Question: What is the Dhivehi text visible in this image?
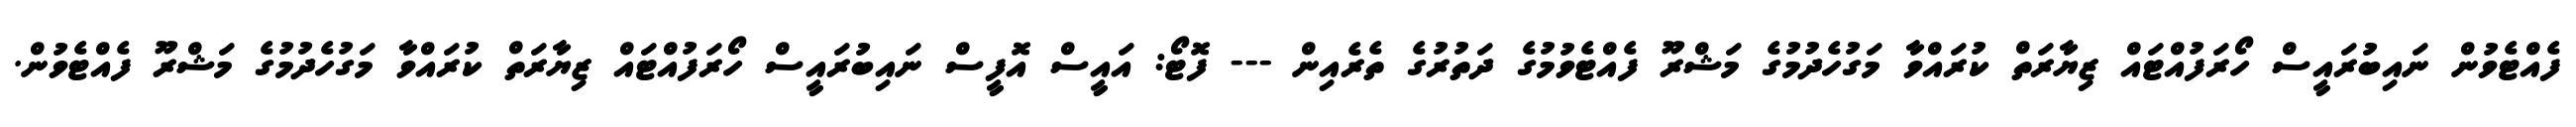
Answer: ފެއްޓެވުން ނައިބުރައީސް ހޯރަފުއްޓައް ޒިޔާރަތް ކުރައްވާ މަގުހެދުމުގެ މަޝްރޫ ފެއްޓެވުމުގެ ދަތުރުގެ ތެރެއިން --- ފޮޓޯ: އައީސް އޮފީސް ނައިބުރައީސް ހޯރަފުއްޓައް ޒިޔާރަތް ކުރައްވާ މަގުހެދުމުގެ މަޝްރޫ ފެއްޓެވުން.